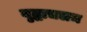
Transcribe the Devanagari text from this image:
वृद्धाचलम